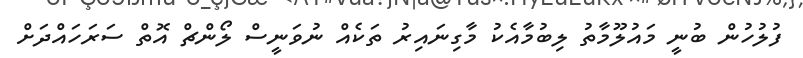
ފުލުހުން ބުނީ މައުލޫމާތު ލިބުމާއެކު މާގިނައިރު ތަކެއް ނުވަނީސް ލޯންޗް އޮތް ސަރަހައްދަށް